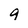
Character: 9